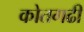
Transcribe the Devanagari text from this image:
कोतगढी